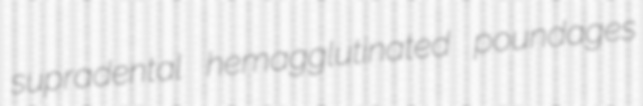
supradental hemagglutinated poundages